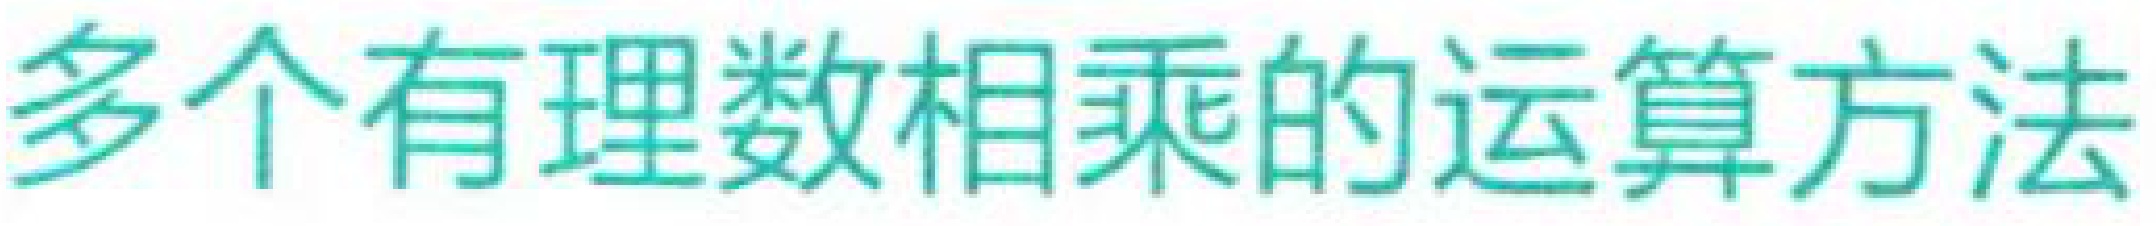
多个有理数相乘的运算方法